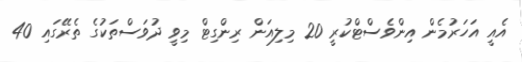
އެއީ އަހަރުމެން އިންވެސްޓްކުރީ 20 މިލިއަން ރިންގިޓް މިވީ ދުވަސްތަކުގެ ތެރޭގައި 40